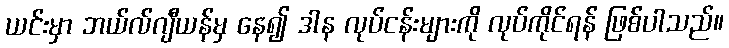
ယင်းမှာ ဘယ်လ်ဂျီယန်မှ နေ၍ ဒါန လုပ်ငန်းများကို လုပ်ကိုင်ရန် ဖြစ်ပါသည်။